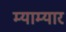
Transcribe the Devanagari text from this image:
म्याम्यार